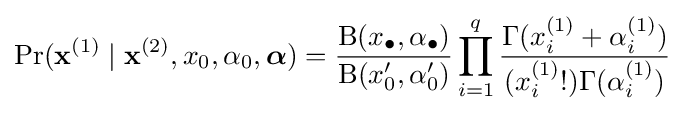
\Pr(\mathbf {x} ^{(1)}\mid \mathbf {x} ^{(2)},x_{0},\alpha _{0},{\boldsymbol {\alpha }})={\frac {\mathrm {B} (x_{\bullet },\alpha _{\bullet })}{\mathrm {B} (x_{0}^{\prime },\alpha _{0}^{\prime })}}\prod _{i=1}^{q}{\frac {\Gamma (x_{i}^{(1)}+\alpha _{i}^{(1)})}{(x_{i}^{(1)}!)\Gamma (\alpha _{i}^{(1)})}}